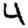
Digit: 4